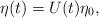
LaTeX: \begin{align*}\eta(t)=U(t)\eta_0,\end{align*}